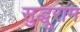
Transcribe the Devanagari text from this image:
सुद्धूराम